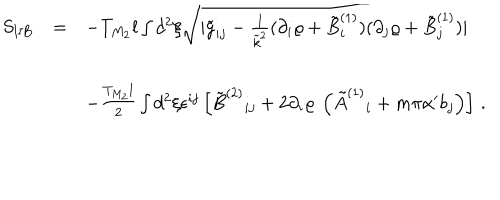
\begin{array} { r c l } { { S _ { \mathrm { I I B } } } } & { { = } } & { { - T _ { M _ { 2 } } l \int d ^ { 2 } \xi \sqrt { | { \tilde { g } } _ { i j } - \frac { 1 } { { \tilde { k } } ^ { 2 } } ( \partial _ { i } \varrho + { \tilde { B } } _ { i } ^ { ( 1 ) } ) ( \partial _ { j } \varrho + { \tilde { B } } _ { j } ^ { ( 1 ) } ) | } } } \\ { { } } & { { } } & { { } } \\ { { } } & { { } } & { { - \frac { T _ { M _ { 2 } } l } { 2 } \int d ^ { 2 } \xi \epsilon ^ { i j } \left[ \tilde { B } ^ { ( 2 ) } { } _ { i j } + 2 \partial _ { i } \varrho \ \left( { \tilde { A } } ^ { ( 1 ) } { } _ { i } + m \pi \alpha ^ { \prime } b _ { j } \right) \right] \, . } } \\ \end{array}